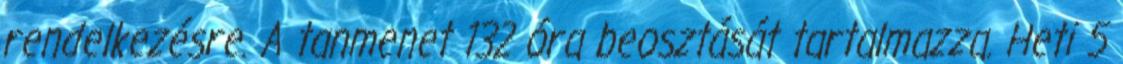
rendelkezésre. A tanmenet 132 óra beosztását tartalmazza. Heti 5